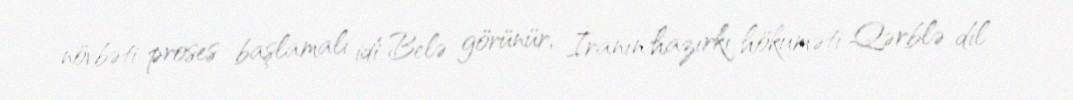
növbəti proses başlamalı idi. Belə görünür, İranın hazırkı hökuməti Qərblə dil